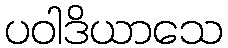
ပဝါဒိယာသေ